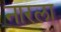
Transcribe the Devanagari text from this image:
नारला